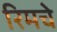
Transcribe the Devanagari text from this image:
रिमचे